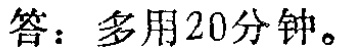
答：多用20分钟。